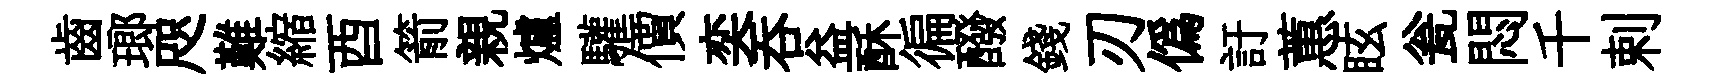
齒瑯咫難縮酉箭親爐驩價奕呑益酥徧醱錢刃偽訏蕙眩瓮悶千剌